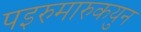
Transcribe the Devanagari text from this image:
पइरुमारुकयुन